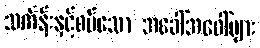
သင်္ကန်းနှင့်စပ်သော အခေါ်အဝေါ်များ